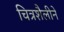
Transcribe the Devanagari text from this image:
चित्रशैलीने